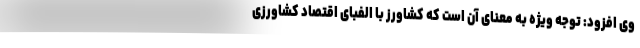
وی افزود: توجه ویژه به معنای آن است که کشاورز با الفبای اقتصاد کشاورزی